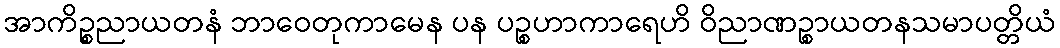
အာကိဉ္စညာယတနံ ဘာဝေတုကာမေန ပန ပဉ္စဟာကာရေဟိ ဝိညာဏဉ္စာယတနသမာပတ္တိယံ